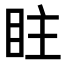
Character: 𥅖